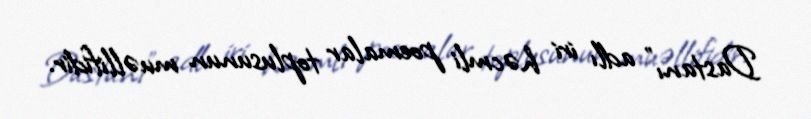
Dastanı" adlı iri həcmli poemalar toplusunun muəllifidir.